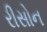
રીસોન